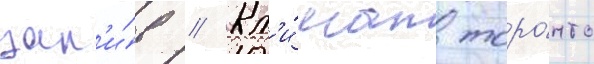
зал'и́в // Кл'и́мат торо́нто